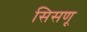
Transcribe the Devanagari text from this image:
सिसणू